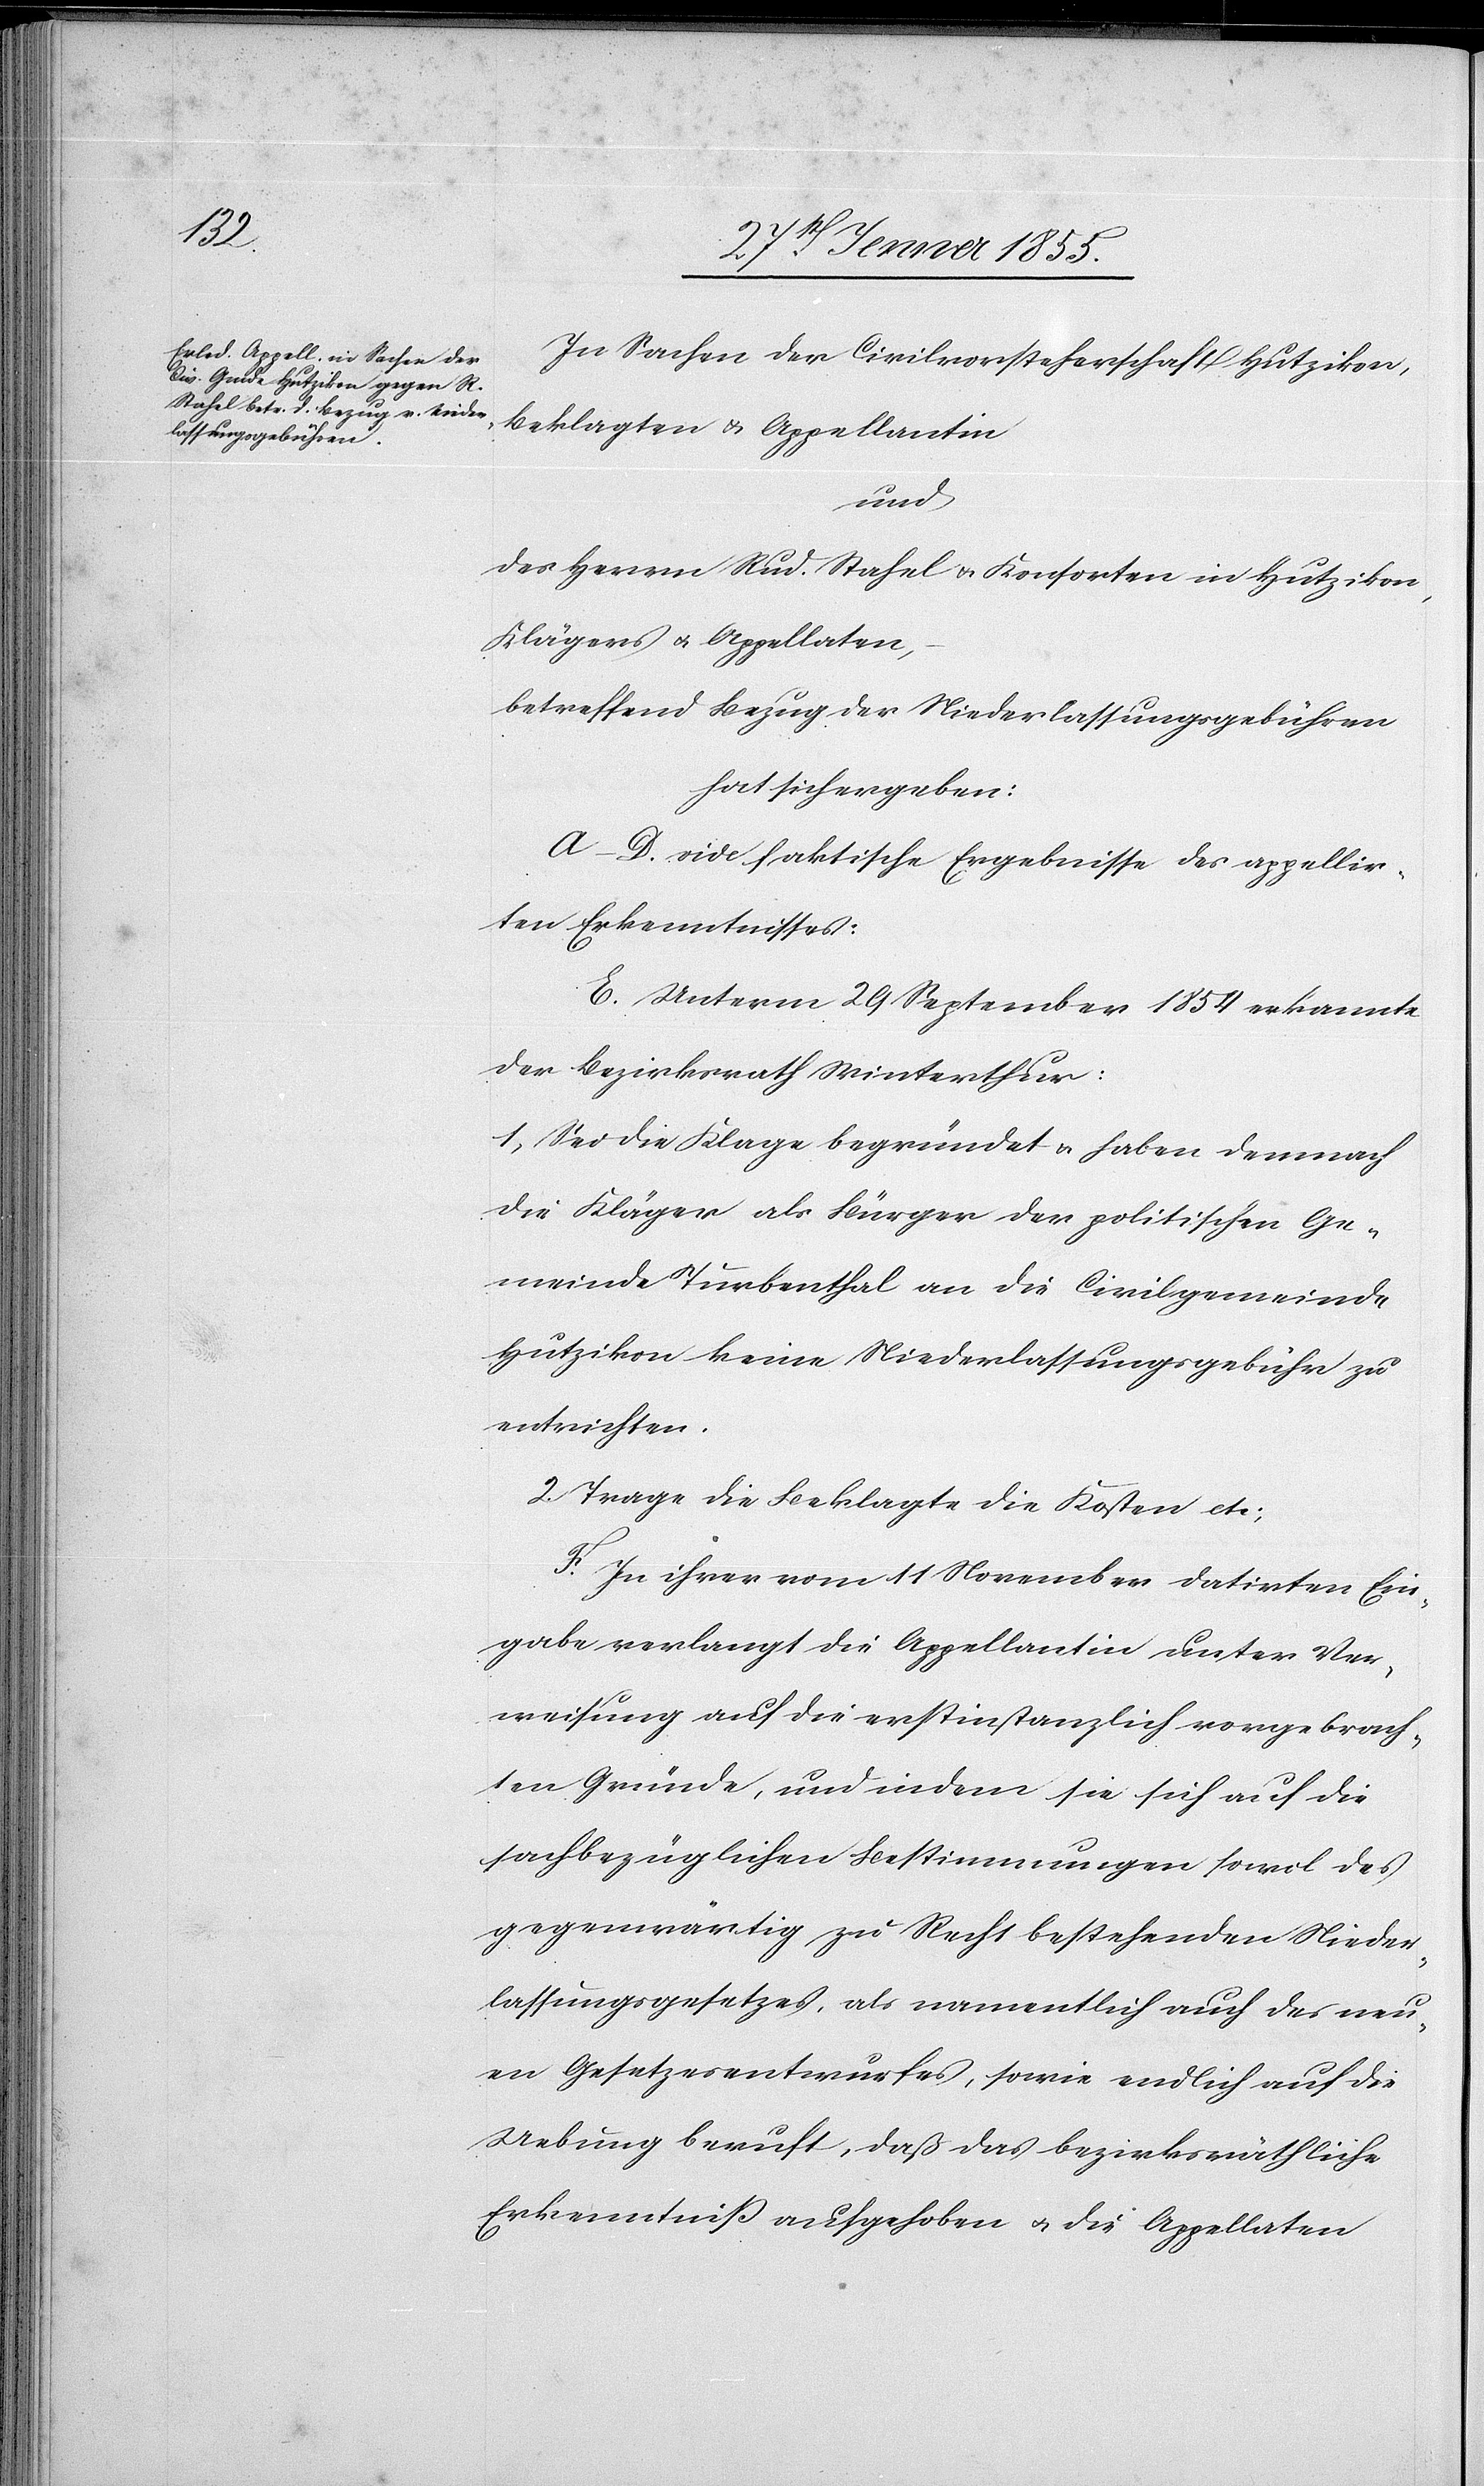
In Sachen der Civilvorsteherschaft Hutzikon,
Beklagten & Appellantin
und
des Herrn Rud. Stahel & Konsorten in Hutzikon,
Klägers & Appellaten,
betreffend Bezug der Niederlassungsgebühren
hat sich ergeben:
A–D. vide faktische Ergebnisse des appellir¬
ten Erkenntnisses:
E. Unterm 29 September 1854 erkannte
der Bezirksrath Winterthur:
1, Sei die Klage begründet & haben demnach
die Kläger als Bürger der politischen Ge¬
meinde Turbenthal an die Civilgemeinde
Hutzikon keine Niederlassungsgebühr zu
entrichten.
2. Trage die Beklagte die Kosten etc;
F. In ihrer vom 11 November datirten Ein¬
gabe verlangt die Appellantin unter Ver¬
weisung auf die erstinstanzlich vorgebrach¬
ten Gründe, und indem sie sich auf die
sachbezüglichen Bestimmungen sowol des
gegenwärtig zu Recht bestehenden Nieder¬
lassungsgesetzes, als namentlich auch des neu¬
en Gesetzesentwurfes, sowie endlich auf die
Uebung beruft, daß das bezirksräthliche
Erkenntniß aufgehoben & die Appellaten